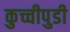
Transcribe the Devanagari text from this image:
कुच्चीपुडी